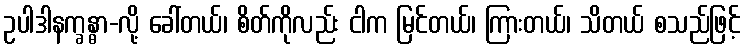
ဥပါဒါနက္ခန္ဓာ-လို့ ခေါ်တယ်၊ စိတ်ကိုလည်း ငါက မြင်တယ်၊ ကြားတယ်၊ သိတယ် စသည်ဖြင့်